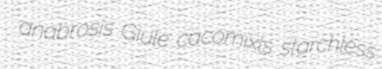
anabrosis Giule cacomixls starchless